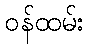
ဝန်ထမ်း